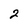
Character: 2